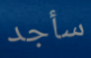
سأجد